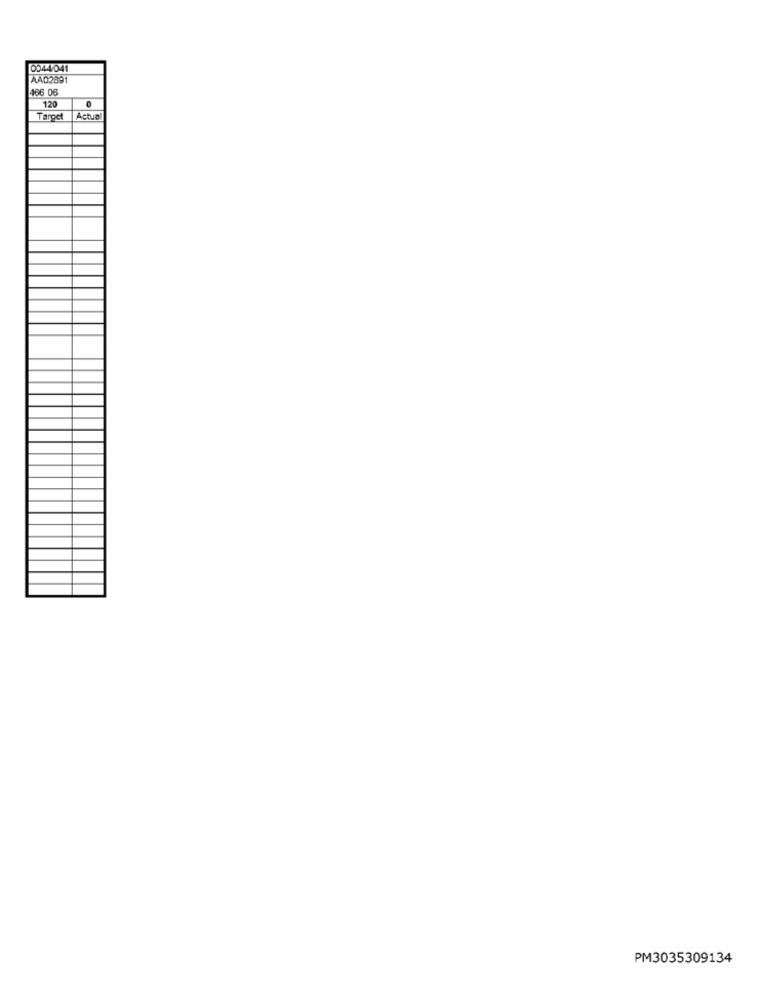
0044041
A402891
466 06
120
Target
Actual
PM3035309134